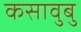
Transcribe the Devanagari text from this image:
कसावुबु